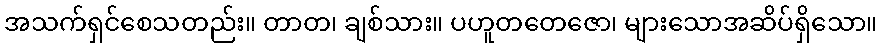
အသက်ရှင်စေသတည်း။ တာတ၊ ချစ်သား။ ပဟူတတေဇော၊ များသောအဆိပ်ရှိသော။